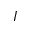
I